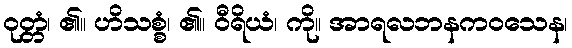
ဝုတ္တံ၊ ၏။ ဟိသစ္စံ၊ ၏။ ဝီရိယံ၊ ကို။ အာရလဘနကဝသေန၊